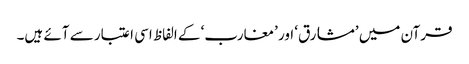
قرآن میں ’مشارق‘ اور ’مغارب‘ کے الفاظ اسی اعتبار سے آئے ہیں۔